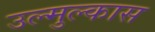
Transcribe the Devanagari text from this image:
उल्मुल्कास